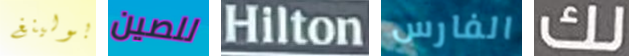
بولينغ للصين Hilton الفارس لك